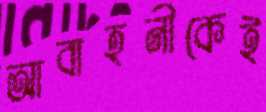
আবাহনীকেই